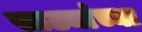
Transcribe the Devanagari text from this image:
साठ्यांच्या